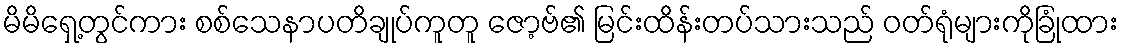
မိမိရှေ့တွင်ကား စစ်သေနာပတိချုပ်ကူတူ ဇော့ဗ်၏ မြင်းထိန်းတပ်သားသည် ဝတ်ရုံများကိုခြုံထား